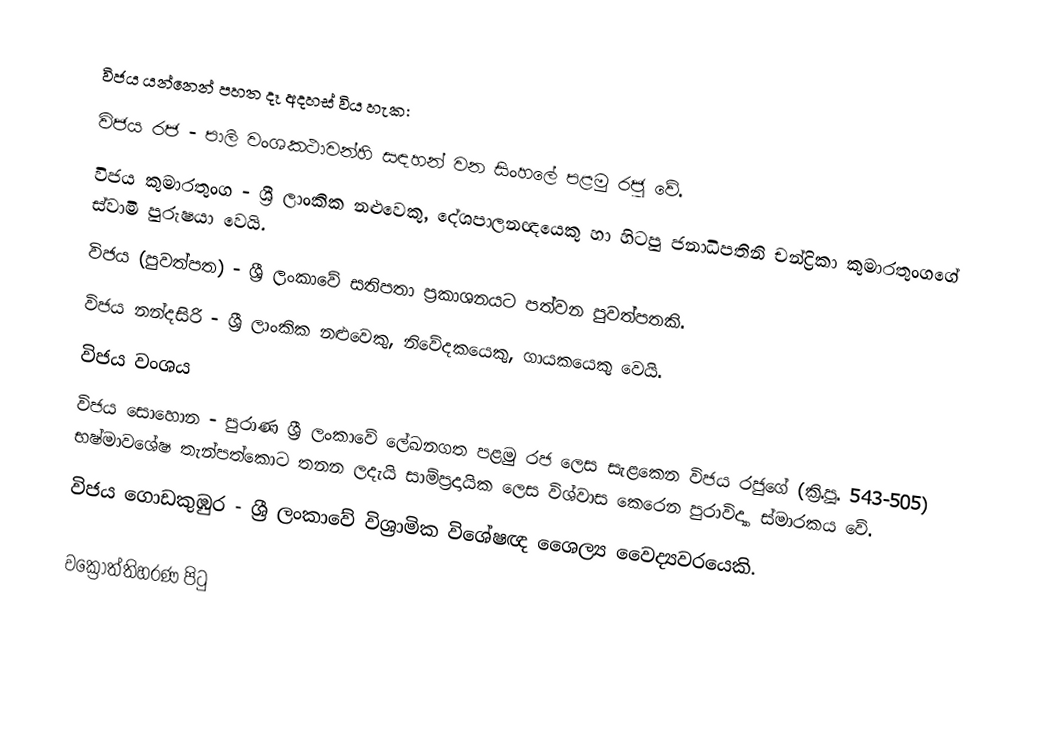
විජය යන්නෙන් පහත දෑ අදහස් විය හැක:
 විජය රජ - පාලි වංශකථාවන්හි සඳහන් වන සිංහලේ පළමු රජු වේ.
 විජය කුමාරතුංග -  ශ්‍රී ලාංකික නළුවෙකු, දේශපාලනඥයෙකු හා හිටපු ජනාධිපතිනි චන්ද්‍රිකා කුමාරතුංගගේ ස්වාමි පුරුෂයා වෙයි.
 විජය (පුවත්පත) - ශ්‍රී ලංකාවේ සතිපතා ප්‍රකාශනයට පත්වන පුවත්පතකි.
 විජය නන්දසිරි - ශ්‍රී ලාංකික නළුවෙකු, නිවේදකයෙකු, ගායකයෙකු වෙයි.
 විජය වංශය
 විජය සොහොන - පුරාණ ශ්‍රී ලංකාවේ ලේඛනගත පළමු රජ ලෙස සැළකෙන විජය රජුගේ (ක්‍රි.පූ. 543-505) භෂ්මාවශේෂ තැන්පත්කොට තනන ලදැයි සාම්ප්‍රදායික ලෙස විශ්වාස කෙරෙන පුරාවිද්‍යා ස්මාරකය වේ.
 විජය ගොඩකුඹුර - ශ්‍රී ලංකාවේ විශ්‍රාමික විශේෂඥ ශෛල්‍ය වෛද්‍යවරයෙකි.

වක්‍රෝත්තිහරණ පිටු